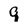
Character: 9